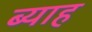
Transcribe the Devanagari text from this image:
ब्‍याह